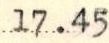
17.45